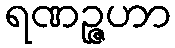
ရဏဉ္ဇဟာ